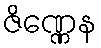
ဇိဏ္ဏေန